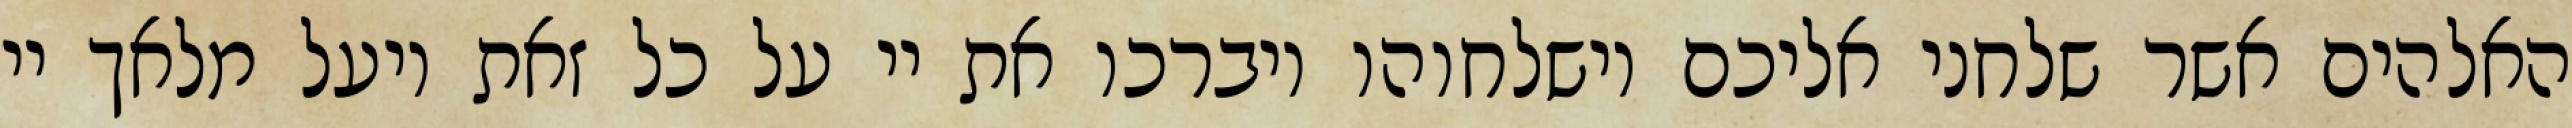
האלהים אשר שלחני אליכם וישלחוהו ויברכו את יי על כל זאת ויעל מלאך יי